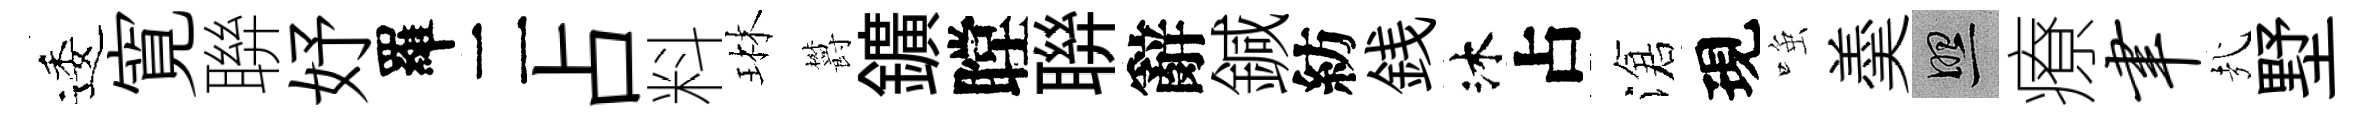
逶寛聨妤羅二占料琳欝鑛瞠聨辭鍼紡銭沐占滄現𫪻羮照療聿㢤墅